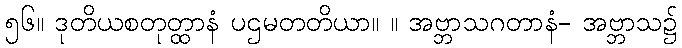
၅၆။ ဒုတိယစတုတ္ထာနံ ပဌမတတိယာ။ ။ အဗ္ဘာသဂတာနံ- အဗ္ဘာသ၌